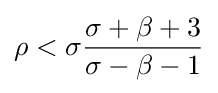
\rho <\sigma {\frac {\sigma +\beta +3}{\sigma -\beta -1}}